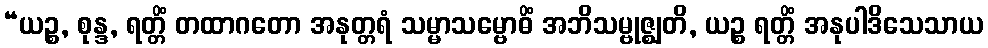
“ယဉ္စ, စုန္ဒ, ရတ္တိံ တထာဂတော အနုတ္တရံ သမ္မာသမ္ဗောဓိံ အဘိသမ္ဗုဇ္ဈတိ, ယဉ္စ ရတ္တိံ အနုပါဒိသေသာယ